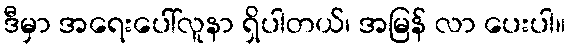
ဒီမှာ အရေးပေါ်လူနာ ရှိပါတယ်၊ အမြန် လာ ပေးပါ။